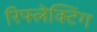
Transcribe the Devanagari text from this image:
रिफ्लेक्टिंग